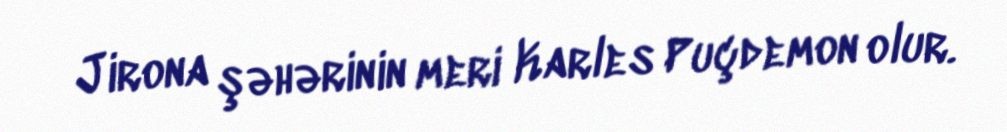
Jirona şəhərinin meri Karles Puçdemon olur.